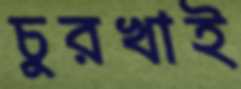
চুরখাই